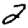
Digit: 2